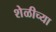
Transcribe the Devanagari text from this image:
शेळीच्या